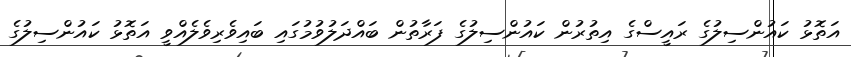
އަތޮޅު ކައުންސިލުގެ ރައީސްގެ އިތުރުން ކައުންސިލުގެ ފަރާތުން ބައްދަލުވުމުގައި ބައިވެރިވެލެއްވީ އަތޮޅު ކައުންސިލުގެ